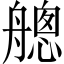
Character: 𦪐